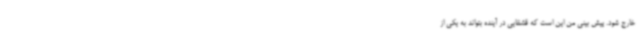
خارج شود. پیش بینی من این است که قشقایی در آینده بتواند به یکی از